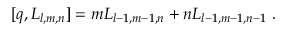
[ q , { \cal L } _ { l , m , n } ] = m { \cal L } _ { l - 1 , m - 1 , n } + n { \cal L } _ { l - 1 , m - 1 , n - 1 } \ .